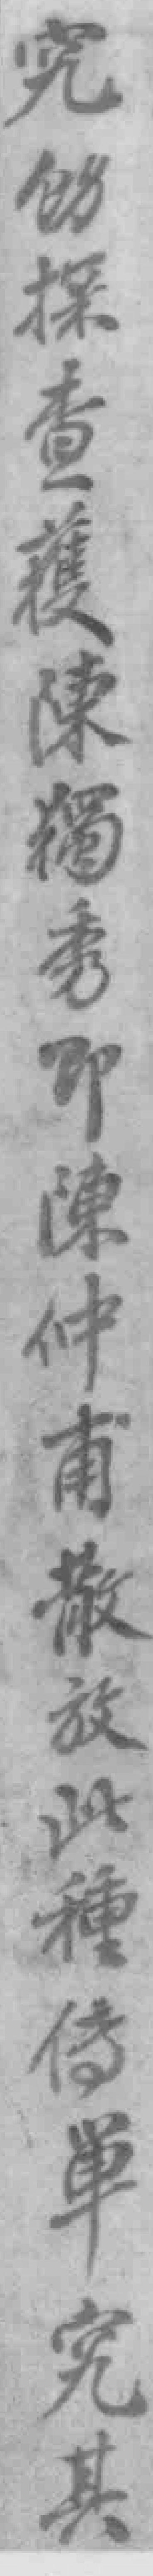
究*探查獲陳獨秀即陳仲甫散放此種傳單究其